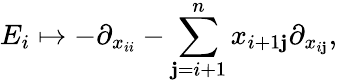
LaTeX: E_{i}\mapsto-\partial_{x_{ii}}-\sum_{\mathbf{j}=i+1}^{n}x_{i+1\mathbf{j}}\partial_{x_{i\mathbf{j}}},